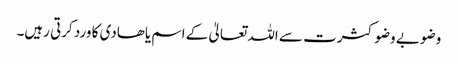
وضو بے وضو کثرت سے اللہ تعالیٰ کے اسم یاھادی کا ورد کرتی رہیں۔